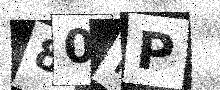
Text: 80IP